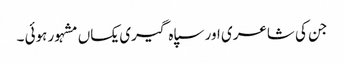
جن کی شاعری اور سپاہ گیری یکساں مشہور ہوئی ۔